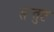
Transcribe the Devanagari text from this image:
संन्तुष्ट